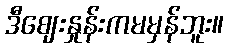
ဒီဈေးနှုန်းကမမှန်ဘူး။